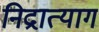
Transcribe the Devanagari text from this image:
निद्रात्याग